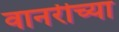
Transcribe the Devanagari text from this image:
वानरीच्या